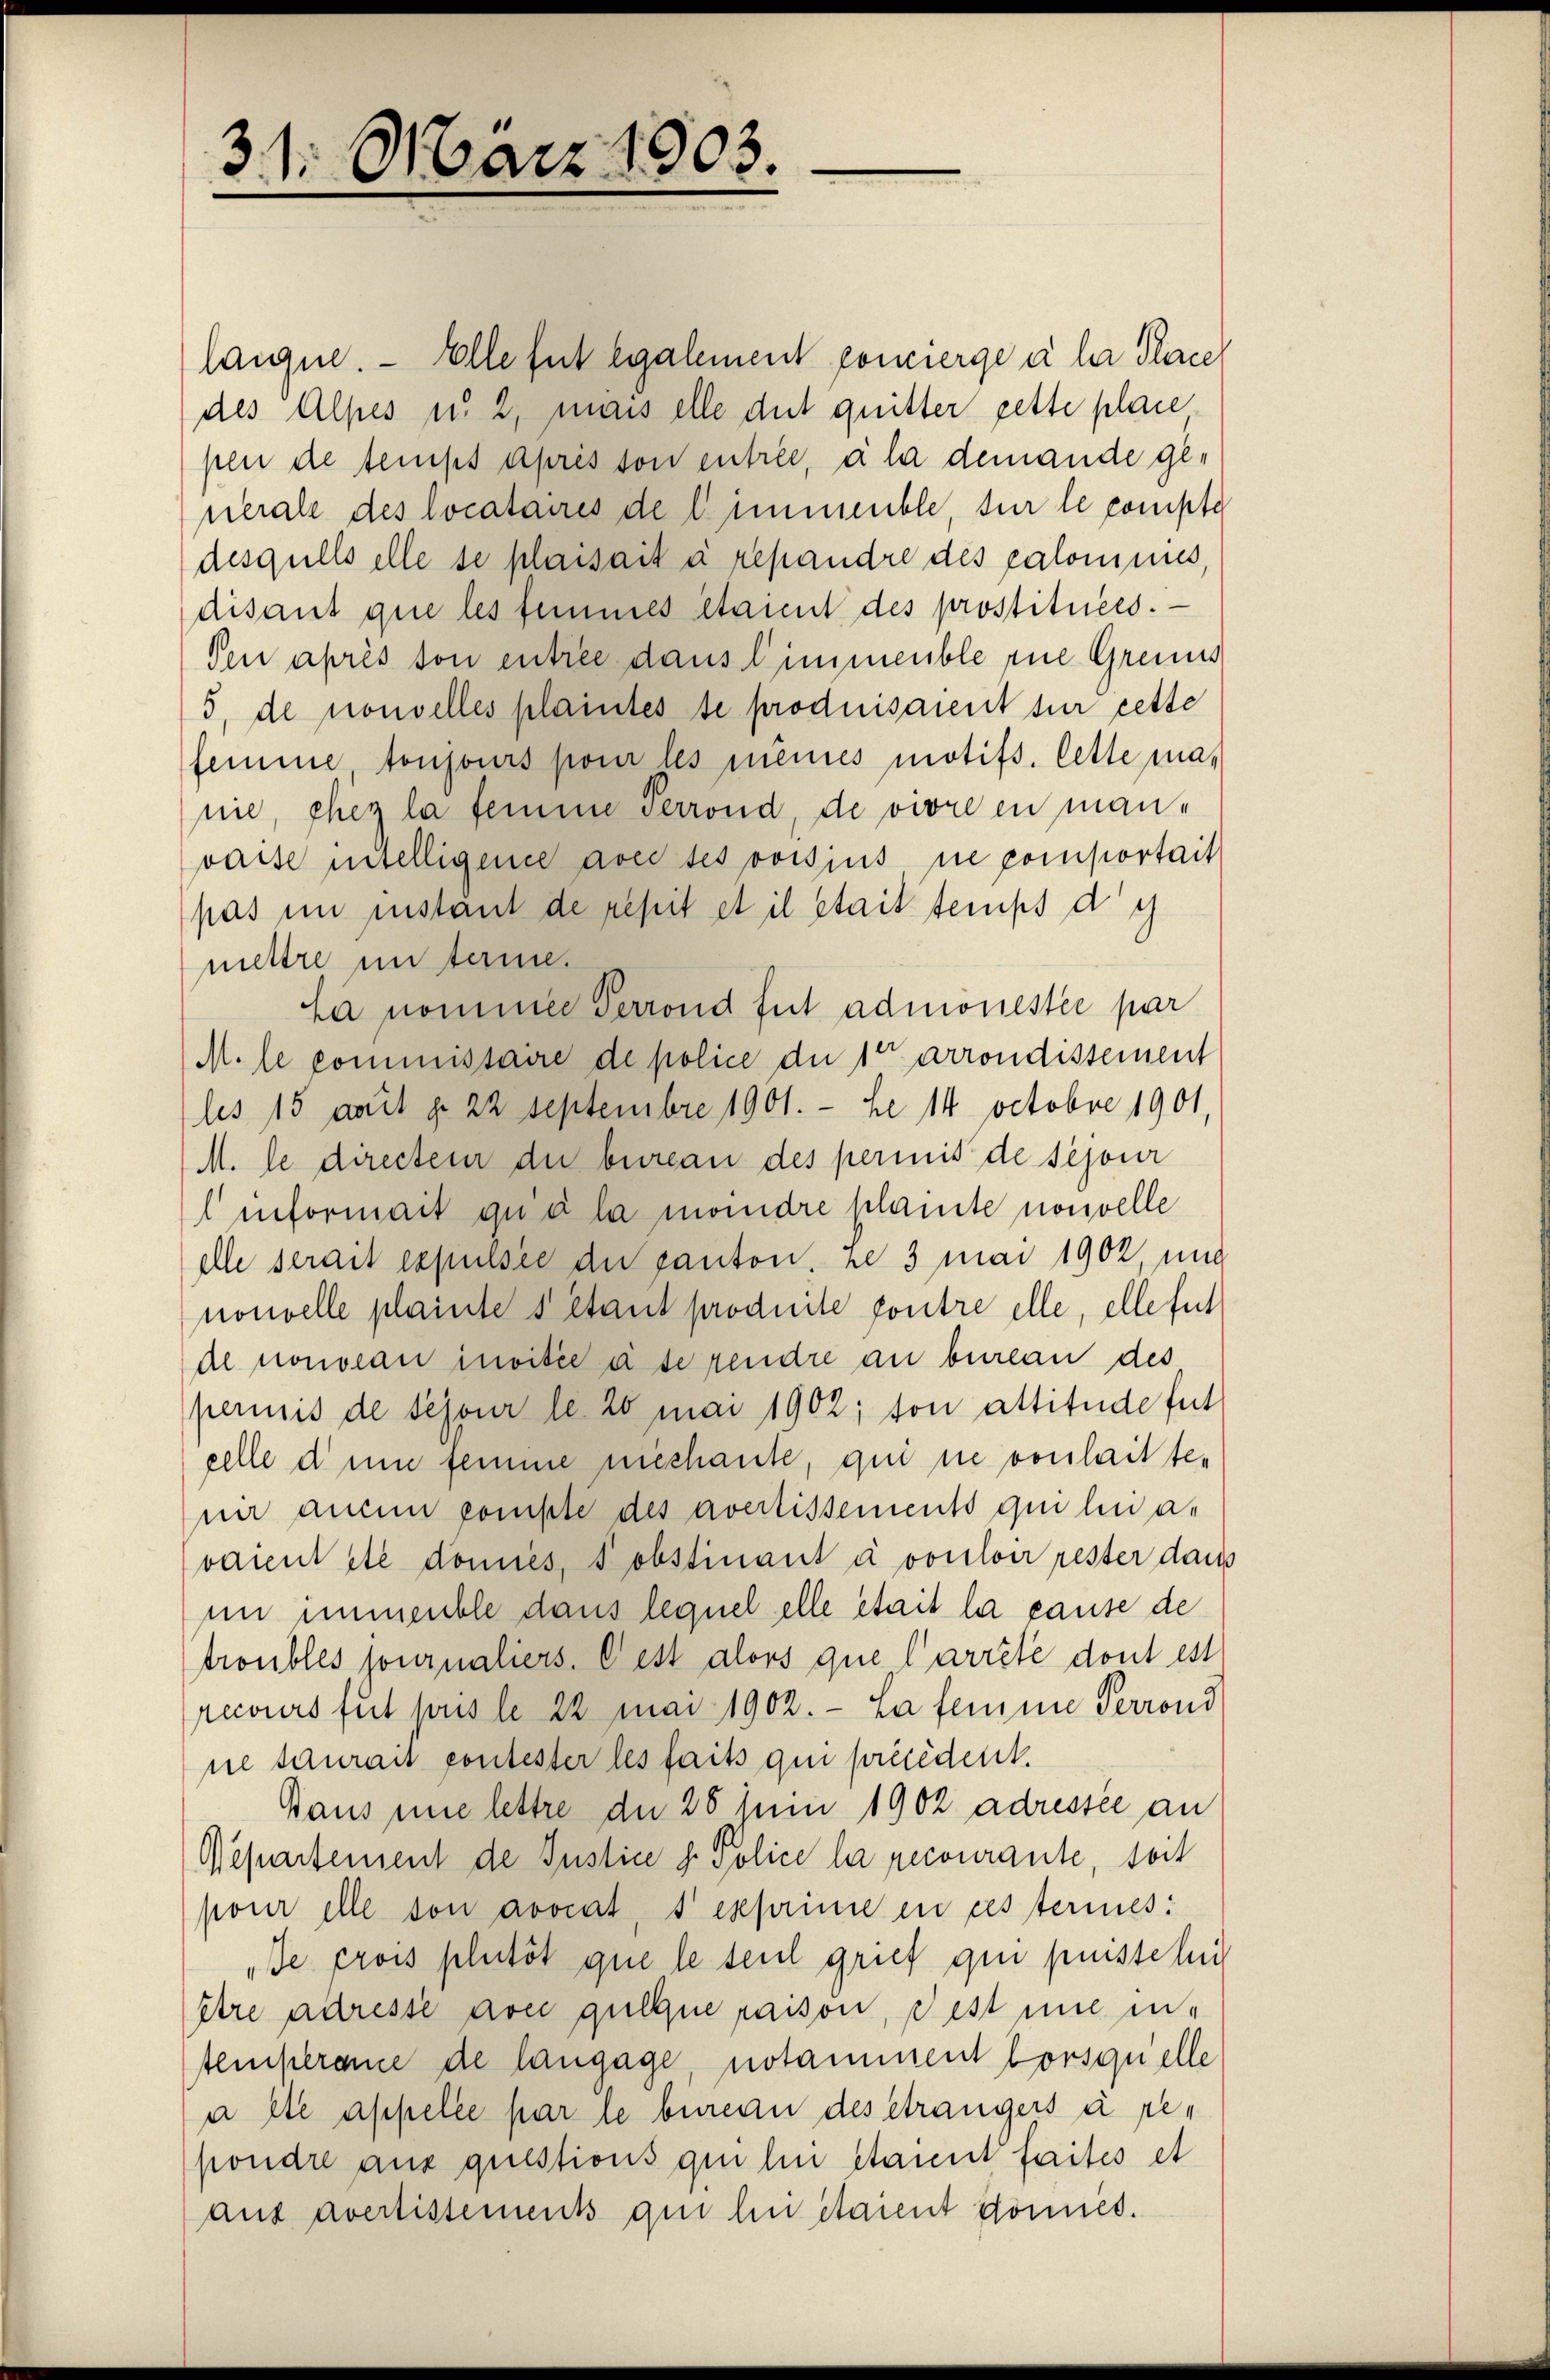
31. März 1903.

laigne. — Elle fut également concierge à la Place
des Alpes u. 2, mais elle dut quitter gette place
pen de temps après son entrée, à la demande generale des locataires de l. immeuble, für le compte
desgulls elle se plaisait à repandre des calomines,
disant que les femmes étaient des prostituées.
den après son entrée dans l’immeuble zue Grenis
5, de nouvelles plaintes se produisaient sur cette
femme toujours pour les meines motifs. Cette manie, chez la femme Perrond, de vivre en manvaise unselligence avec ses voisius ne pomportait
pas im Instant de repit et il était temps de
mettre interie.
La nommen Perrond fut admonestée par
M. le commissaire de police die 10 arrondissement
les 15 amit d. 22 Septembre 1901.- be 14 Octobre 1901,
M. le directeur du bureau des permis de sejour
 informait qua la mondre plainte nouvelle
elle serait expulsee der ganton, je 3 mai 1902, und
nouvelle plainte s étant produite poutre elle, elle fut
al nouveau invitie a se rendre an bureau des
perinis de sejour le 20 mai 1902; son attitüde fut
celle d um femme niechante, qui sie vonlaitten
nir aucun compte des avertissements quilii a.
varent etc domies, sobstinant à vouloir rester danim immeuble dans lequel elle était la cause de
troubles fournaliers. Cest alors que l’arrête dont est
recours fut pris le 22 Mai 1902. — La femme Perrond
nie saurait contester les faits qui précédent.
Gaus nie lettre de 26 sein 1902 adressée an
Nepartement de Justice d. Police la recourante, soit
pour elle son avocat, s exprimie en ces terines:
„Je prois plutöt que le seul grief qui puissel
être adresse aver quoque paison, dest nie intemperame de langage, notamment Lorsquelle
a et appelle par le bureau des étrangers à re-
pondre aus questions quihn staient faites et
aus avertissements qui lui étaient domicel.